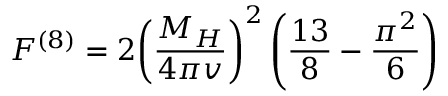
F ^ { ( 8 ) } = 2 { \left( \frac { M _ { H } } { 4 \pi v } \right) } ^ { 2 } \left( \frac { 1 3 } { 8 } - \frac { \pi ^ { 2 } } { 6 } \right)